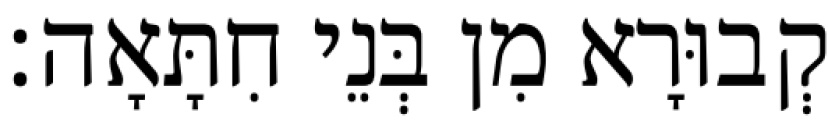
קְבוּרָא מִן בְּנֵי חִתָּאָה׃